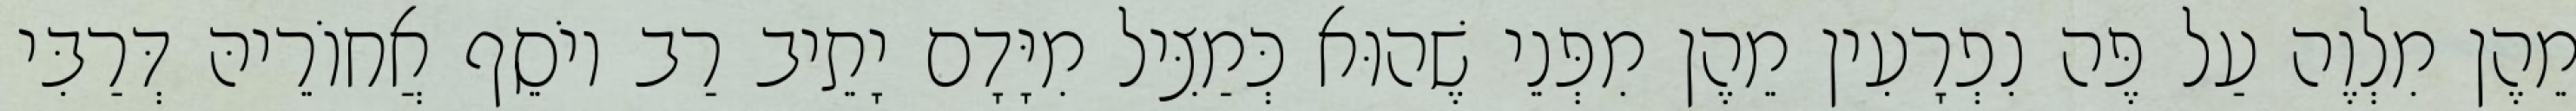
מֵהֶן מִלְוֶה עַל פֶּה נִפְרָעִין מֵהֶן מִפְּנֵי שֶׁהוּא כְּמַצִּיל מִיָּדָם יָתֵיב רַב יוֹסֵף אֲחוֹרֵיהּ דְּרַבִּי